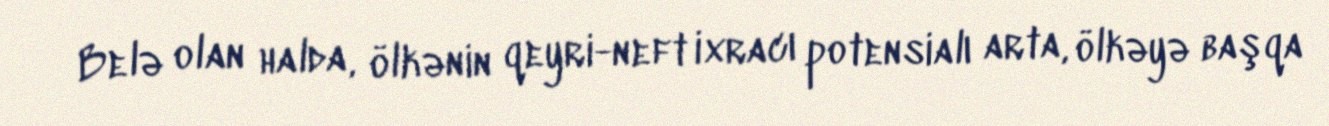
Belə olan halda, ölkənin qeyri-neft ixracı potensialı arta, ölkəyə başqa